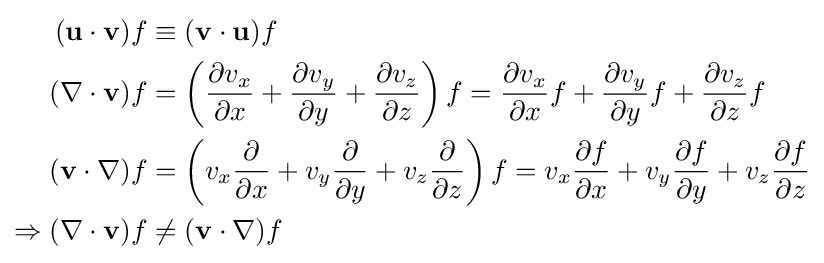
{\begin{aligned}(\mathbf {u} \cdot \mathbf {v} )f&\equiv (\mathbf {v} \cdot \mathbf {u} )f\\(\nabla \cdot \mathbf {v} )f&=\left({\frac {\partial v_{x}}{\partial x}}+{\frac {\partial v_{y}}{\partial y}}+{\frac {\partial v_{z}}{\partial z}}\right)f={\frac {\partial v_{x}}{\partial x}}f+{\frac {\partial v_{y}}{\partial y}}f+{\frac {\partial v_{z}}{\partial z}}f\\(\mathbf {v} \cdot \nabla )f&=\left(v_{x}{\frac {\partial }{\partial x}}+v_{y}{\frac {\partial }{\partial y}}+v_{z}{\frac {\partial }{\partial z}}\right)f=v_{x}{\frac {\partial f}{\partial x}}+v_{y}{\frac {\partial f}{\partial y}}+v_{z}{\frac {\partial f}{\partial z}}\\\Rightarrow (\nabla \cdot \mathbf {v} )f&\neq (\mathbf {v} \cdot \nabla )f\\\end{aligned}}